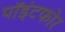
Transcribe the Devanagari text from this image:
पॉइंटफोर